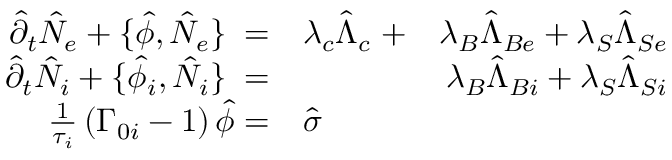
\begin{array} { r l r } { \hat { \partial } _ { t } \hat { N } _ { e } + \{ \hat { \phi } , \hat { N } _ { e } \} \; = } & { { } \lambda _ { c } \hat { \Lambda } _ { c } \; + } & { \lambda _ { B } \hat { \Lambda } _ { B e } + \lambda _ { S } \hat { \Lambda } _ { S e } } \\ { \hat { \partial } _ { t } \hat { N } _ { i } + \{ \hat { \phi } _ { i } , \hat { N } _ { i } \} \; = } & { { } } & { \lambda _ { B } \hat { \Lambda } _ { B i } + \lambda _ { S } \hat { \Lambda } _ { S i } } \\ { \frac { 1 } { \tau _ { i } } \left( \Gamma _ { 0 i } - 1 \right) \hat { \phi } = } & { { } \hat { \sigma } } & { } \end{array}